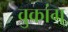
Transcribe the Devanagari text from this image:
वुकांग्